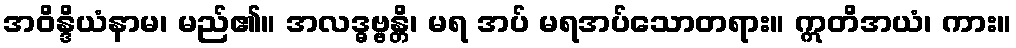
အဝိန္ဒိယံနာမ၊ မည်၏။ အလဒ္ဓဗ္ဗန္တိ၊ မရ အပ် မရအပ်သောတရား။ ဣတိအယံ၊ ကား။